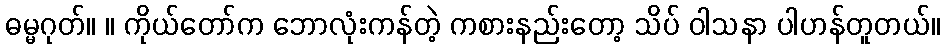
ဓမ္မဂုတ်။ ။ ကိုယ်တော်က ဘောလုံးကန်တဲ့ ကစားနည်းတော့ သိပ် ဝါသနာ ပါဟန်တူတယ်။